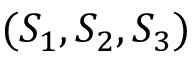
( S _ { 1 } , S _ { 2 } , S _ { 3 } )